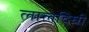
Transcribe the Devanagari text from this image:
लालदिघी